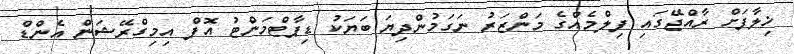
ޚިލާފަށް ރާއްޖޭގައި ފިލްމެއްގެ މަންޒަރު ނަގަމުންދިޔަ ބަޔަކު ޑިޕާޓްމަންޓު އޮފް އިމިގްރޭޝަން އެންޑް